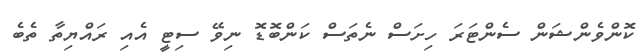
ކޮންވެންޝަން ސެންޓަރަ ހިށަސް ނެތަސް ކަންބޮޑޮ ނިވޭ ސިޓީ އެއި ރައްޔިތާ ތެބެ